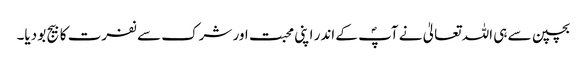
بچپن سے ہی اللہ تعالیٰ نے آپؐ کے اندر اپنی محبت اور شرک سے نفرت کا بیج بو دیا۔